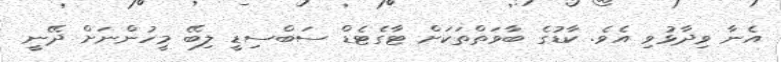
އެނާ ވިދާޅުވި އެވެ. ކާޑުގެ ބާވަތްތަކަށް ޓާގެޓެޑް ސަބްސިޑީ ލިބޭ މީހުންނަށް ދޭނީ